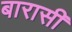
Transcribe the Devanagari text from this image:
बारासी